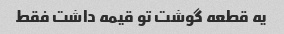
یه قطعه گوشت تو قیمه داشت فقط